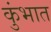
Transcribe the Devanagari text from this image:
कुंभात